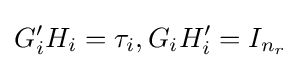
G'_{i}H_{i}=\tau _{i},G_{i}H'_{i}=I_{n_{r}}